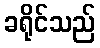
ခရိုင်သည်